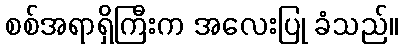
စစ်အရာရှိကြီးက အလေးပြု ခံသည်။